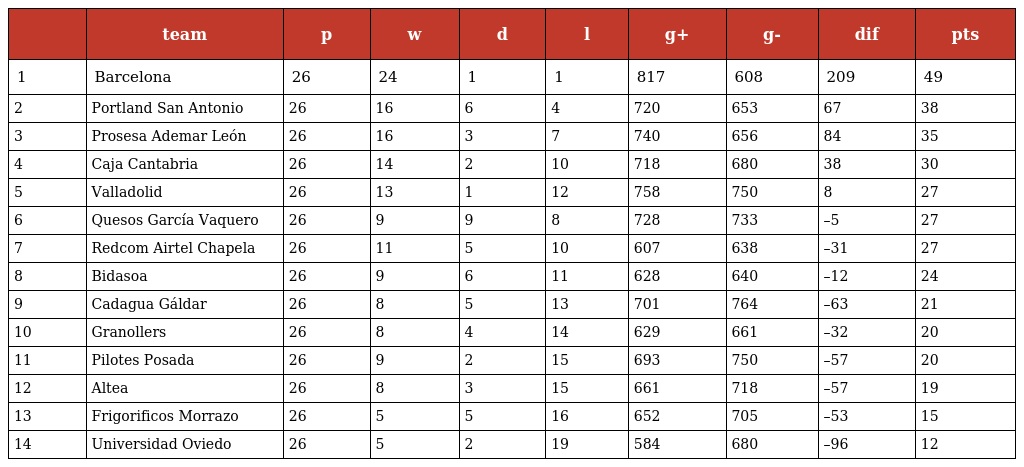
|  | team | p | w | d | l | g+ | g- | dif | pts |
 | --- | --- | --- | --- | --- | --- | --- | --- | --- | --- |
 | 1 | Barcelona | 26 | 24 | 1 | 1 | 817 | 608 | 209 | 49 |
 | 2 | Portland San Antonio | 26 | 16 | 6 | 4 | 720 | 653 | 67 | 38 |
 | 3 | Prosesa Ademar León | 26 | 16 | 3 | 7 | 740 | 656 | 84 | 35 |
 | 4 | Caja Cantabria | 26 | 14 | 2 | 10 | 718 | 680 | 38 | 30 |
 | 5 | Valladolid | 26 | 13 | 1 | 12 | 758 | 750 | 8 | 27 |
 | 6 | Quesos García Vaquero | 26 | 9 | 9 | 8 | 728 | 733 | –5 | 27 |
 | 7 | Redcom Airtel Chapela | 26 | 11 | 5 | 10 | 607 | 638 | –31 | 27 |
 | 8 | Bidasoa | 26 | 9 | 6 | 11 | 628 | 640 | –12 | 24 |
 | 9 | Cadagua Gáldar | 26 | 8 | 5 | 13 | 701 | 764 | –63 | 21 |
 | 10 | Granollers | 26 | 8 | 4 | 14 | 629 | 661 | –32 | 20 |
 | 11 | Pilotes Posada | 26 | 9 | 2 | 15 | 693 | 750 | –57 | 20 |
 | 12 | Altea | 26 | 8 | 3 | 15 | 661 | 718 | –57 | 19 |
 | 13 | Frigorificos Morrazo | 26 | 5 | 5 | 16 | 652 | 705 | –53 | 15 |
 | 14 | Universidad Oviedo | 26 | 5 | 2 | 19 | 584 | 680 | –96 | 12 |